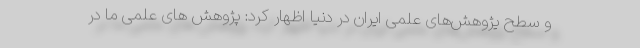
و سطح یژوهش‌های علمی ایران در دنیا اظهار کرد: پژوهش های علمی ما در